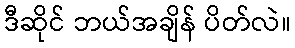
ဒီဆိုင် ဘယ်အချိန် ပိတ်လဲ။